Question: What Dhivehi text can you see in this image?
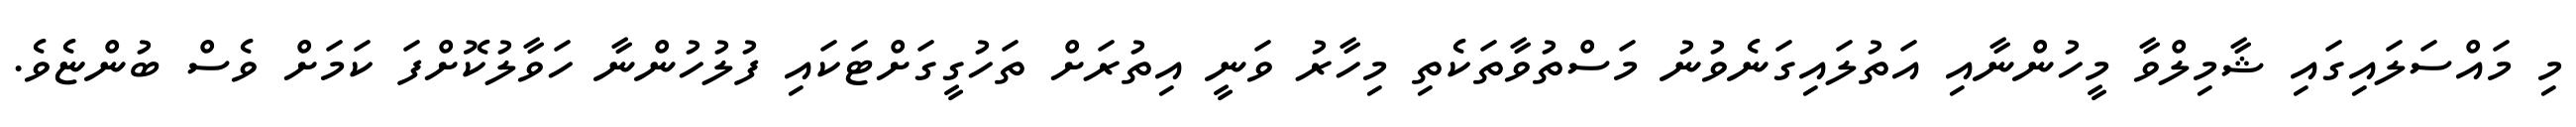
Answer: މި މައްސަލައިގައި ޝާމިލްވާ މީހުންނާއި އަތުލައިގަނެވުނު މަސްތުވާތަކެތި މިހާރު ވަނީ އިތުރަށް ތަހުގީގަށްޓަކައި ފުލުހުންނާ ހަވާލުކޮށްފަ ކަމަށް ވެސް ބުންޏެވެ.